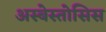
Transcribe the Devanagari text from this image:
अस्बेस्तोसिस